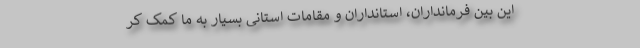
این بین فرمانداران، استانداران و مقامات استانی بسیار به ما کمک کر